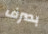
بصرف